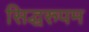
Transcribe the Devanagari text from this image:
सिद्धरुपम